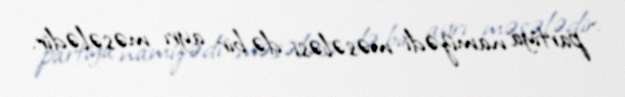
partiya namizədi məsələsi də bir ayrı məsələdir.